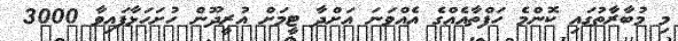
މި މުބާރާތުގައި ކޮންމެ ހަފްތާއެއްގެ އެއްވަނަ އަށްދާ ޓީމަށް އުރީދޫން ހުށަހަޅާފައިވާ 3000